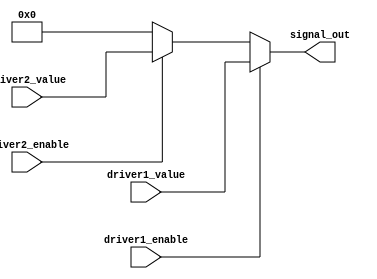
module multiple_drivers (
    input wire driver1_enable,
    input wire driver2_enable,
    input wire [3:0] driver1_value,
    input wire [3:0] driver2_value,
    output wire [3:0] signal_out
);

// Signal Declaration
wire [3:0] signal_from_driver1;
wire [3:0] signal_from_driver2;

// Driver Assignments with conditions
assign signal_from_driver1 = driver1_enable ? driver1_value : 4'bz; // High impedance if not enabled
assign signal_from_driver2 = driver2_enable ? driver2_value : 4'bz; // High impedance if not enabled

// Resolution Strategy: Prioritize driver1 over driver2
assign signal_out = (driver1_enable) ? signal_from_driver1 : 
                    (driver2_enable) ? signal_from_driver2 : 
                    4'b0000; // Default value when no driver is enabled

endmodule